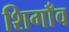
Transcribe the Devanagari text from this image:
शिगाँव